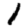
Digit: 1